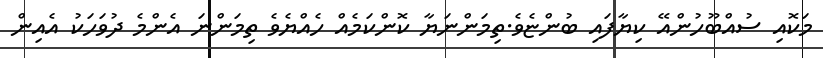
މަކޮއި ސުއްބޫހުންއޭ ކިޔާފައި ބުންޏެވެ.ތިމަންނަޔާ ކޮންކަމެއް ހެއްޔެވެ ތިމަންނަ އެންމެ ދުވަހަކު އެއިން